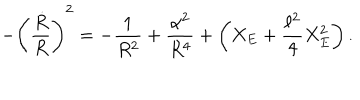
LaTeX: - \left( { \frac { \dot { R } } { R } } \right) ^ { 2 } = - { \frac { 1 } { R ^ { 2 } } } + { \frac { \alpha ^ { 2 } } { R ^ { 4 } } } + \left( X _ { E } + { \frac { \ell ^ { 2 } } { 4 } } X _ { E } ^ { 2 } \right) .